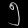
Digit: ၅